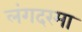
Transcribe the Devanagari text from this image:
लंगदरमा